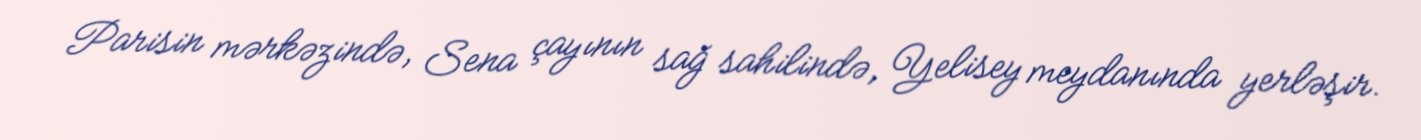
Parisin mərkəzində, Sena çayının sağ sahilində, Yelisey meydanında yerləşir.